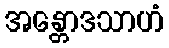
အန္တောဒသာဟံ